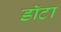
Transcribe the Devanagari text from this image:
डॉटा